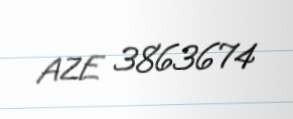
AZE 3863674